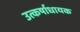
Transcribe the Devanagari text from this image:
उत्कर्षाधायक